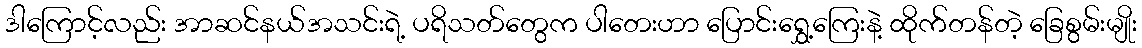
ဒါကြောင့်လည်း အာဆင်နယ်အသင်းရဲ့ ပရိသတ်တွေက ပါတေးဟာ ပြောင်းရွှေ့ကြေးနဲ့ ထိုက်တန်တဲ့ ခြေစွမ်းမျိုး